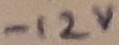
Text: -12V